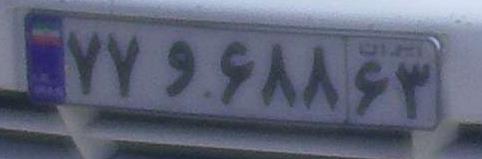
۷۷و۶۸۸۶۳